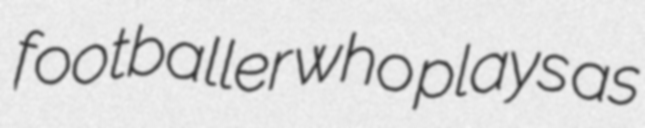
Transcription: footballer who plays as